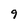
Character: 9